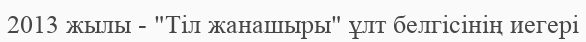
2013 жылы - "Тіл жанашыры" ұлт белгісінің иегері